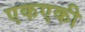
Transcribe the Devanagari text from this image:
एकएकी